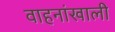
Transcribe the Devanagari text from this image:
वाहनांखाली